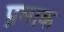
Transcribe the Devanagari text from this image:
प्रसाक